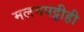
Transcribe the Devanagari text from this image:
मलमपट्टीही